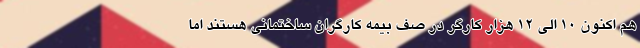
هم اکنون ۱۰ الی ۱۲ هزار کارگر در صف بیمه کارگران ساختمانی هستند اما